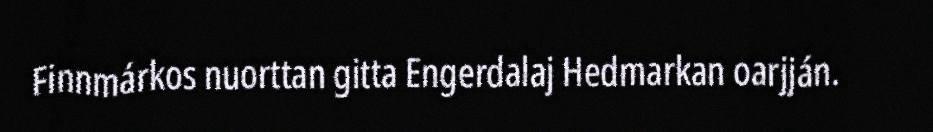
Finnmárkos nuorttan gitta Engerdalaj Hedmarkan oarjján.